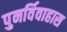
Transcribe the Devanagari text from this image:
पुनर्विवाहास